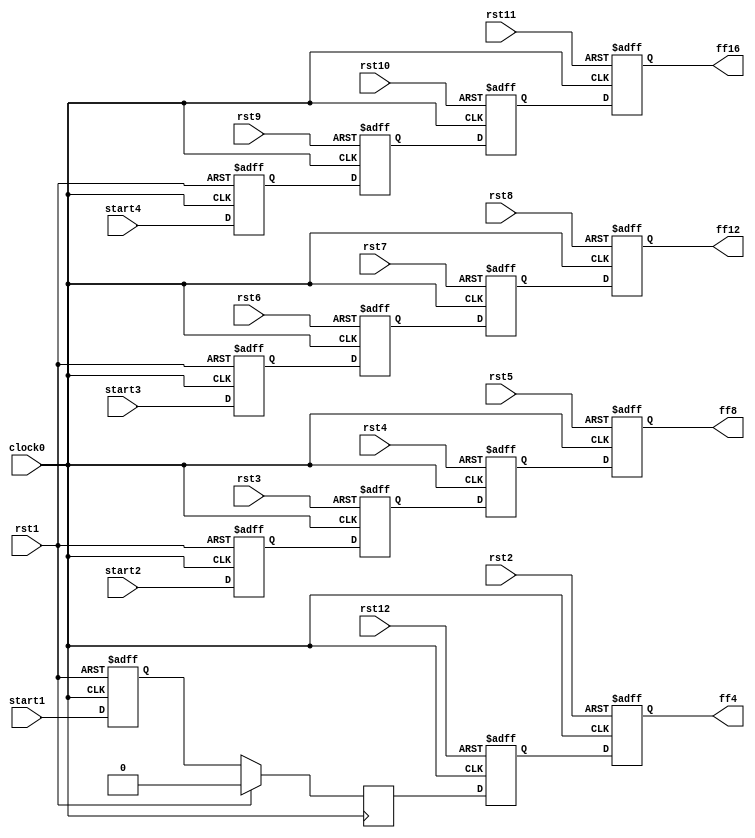
module hop3_L4(

   	input clock0, rst1,rst2,rst3,rst4,rst5,rst6,rst7,rst8,rst9,rst10,rst11,rst12,start1,start2,start3,start4,
   	output ff4,ff8,ff12,ff16

	);

   reg ff1,ff2,ff3,ff4,ff5,ff6,ff7,ff8,ff9,ff10,ff11,ff12,ff13,ff14,ff15,ff16;


  	always @( posedge clock0, posedge rst1 )
   	begin
   		if( rst1 )
       			ff1 <= 0;
		else
			ff1<= start1;
	end


	always @(posedge clock0)
	begin
    		if( rst1 )
       			ff2 <= 0;      
    		else 
			ff2<= ff1;

	end

	always @(posedge clock0, posedge rst12)
	begin
    		if( rst12)
       			ff3 <= 0;      
    		else 
			ff3<= ff2;

	end

	always @(posedge clock0, posedge rst2)
	begin
    		if( rst2)
       			ff4 <= 0;      
    		else 
			ff4<= ff3;

	end

	always @(posedge clock0, posedge rst1)
	begin
    		if( rst1)
       			ff5 <= 0;      
    		else 
			ff5<= start2;

	end

	always @(posedge clock0, posedge rst3)
	begin
    		if( rst3)
       			ff6 <= 0;      
    		else 
			ff6<= ff5;

	end

	always @(posedge clock0, posedge rst4)
	begin
    		if( rst4)
       			ff7 <= 0;      
    		else 
			ff7<= ff6;

	end

	always @(posedge clock0, posedge rst5)
	begin
    		if( rst5 )
       			ff8 <= 0;      
    		else 
			ff8<= ff7;

	end

	always @(posedge clock0, posedge rst1)
	begin
    		if( rst1)
       			ff9 <= 0;      
    		else 
			ff9<= start3;

	end

	always @(posedge clock0, posedge rst6)
	begin
    		if( rst6)
       			ff10 <= 0;      
    		else 
			ff10<= ff9;

	end

	always @(posedge clock0, posedge rst7)
	begin
    		if( rst7 )
       			ff11 <= 0;      
    		else 
			ff11<= ff10;

	end

	always @(posedge clock0, posedge rst8)
	begin
    		if( rst8 )
       			ff12 <= 0;      
    		else 
			ff12<= ff11;

	end


	always @(posedge clock0, posedge rst1)
	begin
    		if( rst1 )
       			ff13 <= 0;      
    		else 
			ff13<= start4;

	end	always @(posedge clock0, posedge rst9)
	begin
    		if( rst9)
       			ff14 <= 0;      
    		else 
			ff14<= ff13;

	end	always @(posedge clock0, posedge rst10)
	begin
    		if( rst10)
       			ff15 <= 0;      
    		else 
			ff15<= ff14;

	end	always @(posedge clock0, posedge rst11)
	begin
    		if( rst11)
       			ff16 <= 0;      
    		else 
			ff16<= ff15;

	end

endmodule